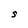
Character: S